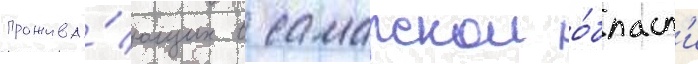
прожива́ющих в самарскои о́бласт'и